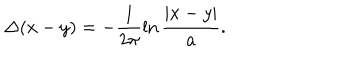
\Delta ( x - y ) = - \frac { 1 } { 2 \pi } \ln \frac { | x - y | } { a } .